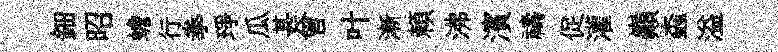
鈿昭蟾行拳琤瓜甚曾叶漸頼沸濱禱促灌巔螙溢